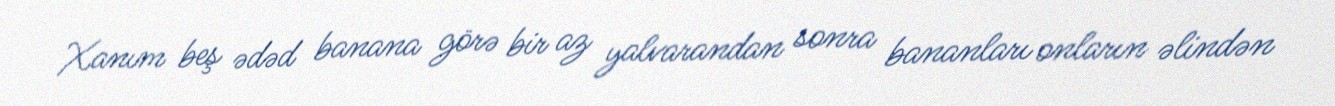
Xanım beş ədəd banana görə bir az yalvarandan sonra bananları onların əlindən